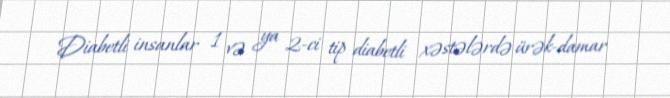
Diabetli insanlar 1 və ya 2-ci tip diabetli xəstələrdə ürək-damar